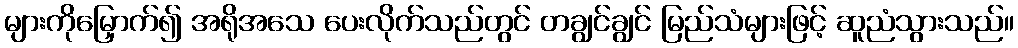
များကိုမြှောက်၍ အရိုအသေ ပေးလိုက်သည်တွင် တချွင်ချွင် မြည်သံများဖြင့် ဆူညံသွားသည်။